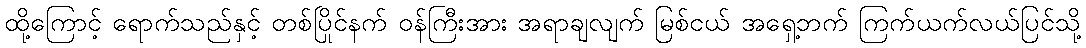
ထို့ကြောင့် ရောက်သည်နှင့် တစ်ပြိုင်နက် ဝန်ကြီးအား အရာချလျက် မြစ်ငယ် အရှေ့ဘက် ကြက်ယက်လယ်ပြင်သို့